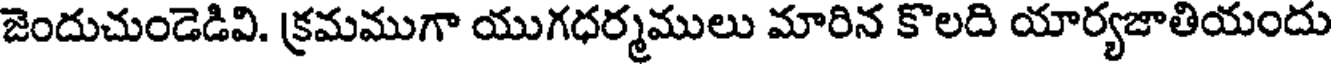
జెందుచుండెడివి. క్రమముగా యుగధర్మములు మారిన కొలది యార్యజాతియందు